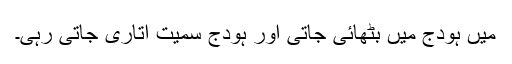
مَیں ہودج میں بٹھائی جاتی اور ہودج سمیت اتاری جاتی رہی۔